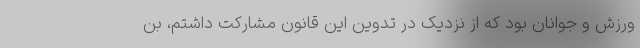
ورزش و جوانان بود که از نزدیک در تدوین این قانون مشارکت داشتم، بن